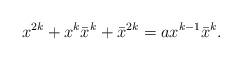
LaTeX: \begin{align*}x^{2k}+x^k\bar{x}^k+\bar{x}^{2k}=ax^{k-1}\bar{x}^{k}. \end{align*}